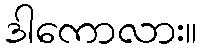
ဒါကောလား။